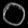
Digit: ၀